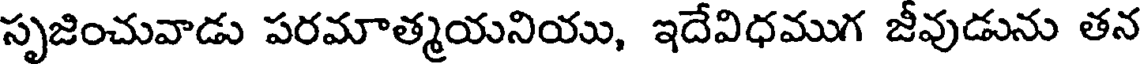
సృజించువాడు పరమాత్మయనియు, ఇదేవిధముగ జీవుడును తన